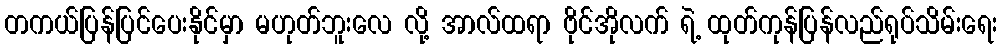
တကယ်ပြန်ပြင်ပေးနိုင်မှာ မဟုတ်ဘူးလေ လို့ အာလ်ထရာ ဗိုင်အိုလက် ရဲ့ ထုတ်ကုန်ပြန်လည်ရုပ်သိမ်းရေး